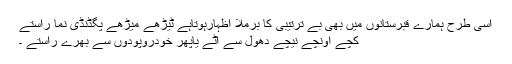
اسی طرح ہمارے قبرستانوں میں بھی بے ترتیبی کا برملا اظہارہوتاہے ٹیڑھے میڑھے پگڈنڈی نما راستے
کچے اونچے نیچے دھول سے اٹے یاپھر خودروپودوں سے بھرے راستے ۔